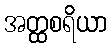
အတ္ထစရိယာ